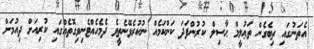
އެތަނުގައި ތިބެގެން ތަޢުލީމް ޙާސިލް ކުރުންފަދަ ކަންކަމެއް ނުކުރެވޭނެތީވެ ދެމެހެއްޓެނިވިގޮތެއްގައި ކުރިއަށް ދިއުމަށް